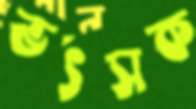
ভর্ৎসক